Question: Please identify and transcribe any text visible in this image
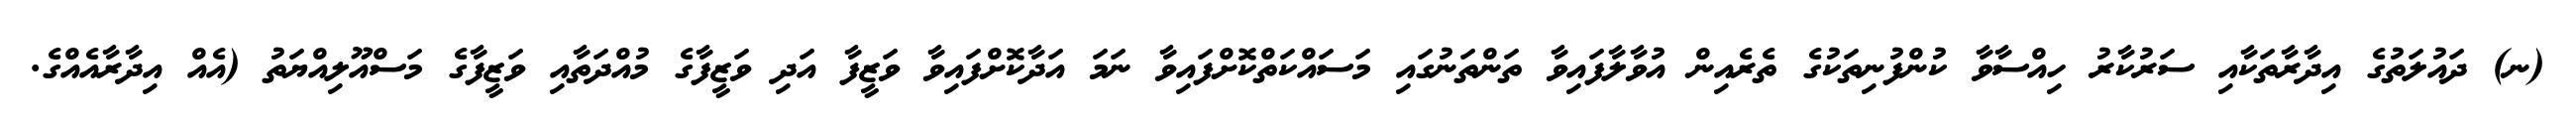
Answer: (ނ) ދައުލަތުގެ އިދާރާތަކާއި ސަރުކާރު ހިއްސާވާ ކުންފުނިތަކުގެ ތެރެއިން އުވާލާފައިވާ ތަންތަނުގައި މަސައްކަތްކޮށްފައިވާ ނަމަ އަދާކޮށްފައިވާ ވަޒީފާ އަދި ވަޒީފާގެ މުއްދަތާއި ވަޒީފާގެ މަސްއޫލިއްޔަތު (އެއް އިދާރާއެއްގެ.